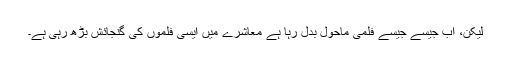
لیکن، اب جیسے جیسے فلمی ماحول بدل رہا ہے معاشرے میں ایسی فلموں کی گنجائش بڑھ رہی ہے۔